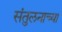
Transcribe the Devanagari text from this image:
संतुलनाच्या